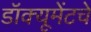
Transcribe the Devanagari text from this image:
डॉक्यूमेंटचे